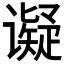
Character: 𬤩